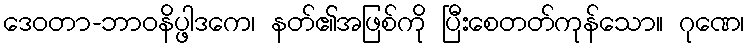
ဒေဝတာ-ဘာဝနိပ္ဖါဒကေ၊ နတ်၏အဖြစ်ကို ပြီးစေတတ်ကုန်သော။ ဂုဏေ၊